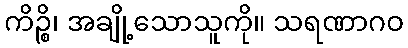
ကိဉ္စိ၊ အချို့သောသူကို။ သရဏာဂဝ